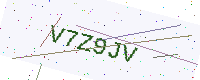
Text: V7Z9JV